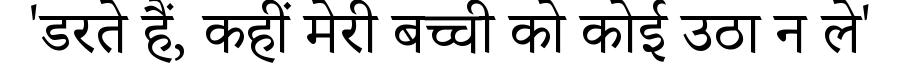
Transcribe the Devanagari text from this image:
'डरते हैं, कहीं मेरी बच्ची को कोई उठा न ले'